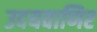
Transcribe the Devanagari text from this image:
उदयवाणिर